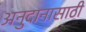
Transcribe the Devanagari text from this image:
अनुदानासाठी